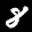
Label: 8